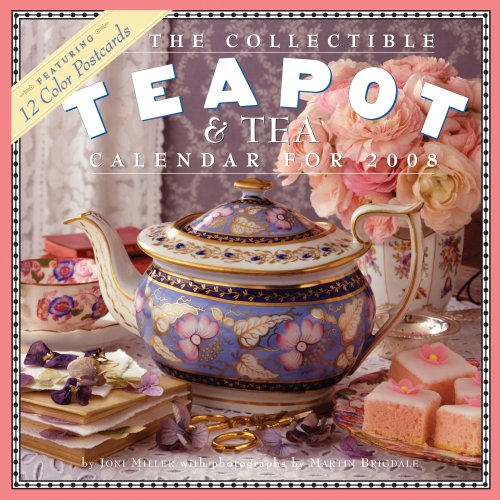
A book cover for The Collectible Teapot & Tea Calendar 2008; Joni Miller; Calendars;